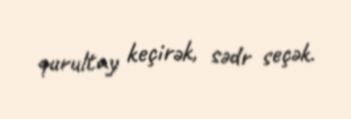
qurultay keçirək, sədr seçək.